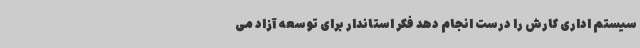
سیستم اداری کارش را درست انجام دهد فکر استاندار برای توسعه آزاد می